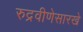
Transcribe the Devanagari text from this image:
रुद्रवीणेसारखे